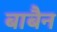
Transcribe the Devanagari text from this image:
बाबैन